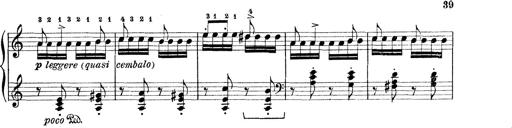
Title: Rapsodie: 19 ungheresi, 1 spagnuola
Composer: Franz Liszt